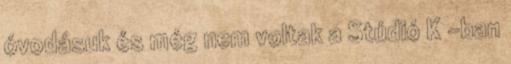
óvodásuk és még nem voltak a Stúdió K -ban